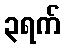
၃ရက်